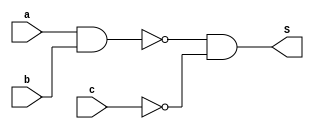
module parity(
    input a, b, c,
    output S
);
    assign S = ~(a&b) & ~c;
endmodule